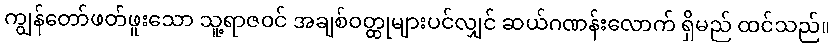
ကျွန်တော်ဖတ်ဖူးသော သူ့ရာဇဝင် အချစ်ဝတ္ထုများပင်လျှင် ဆယ်ဂဏန်းလောက် ရှိမည် ထင်သည်။